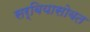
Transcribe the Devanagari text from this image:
सर्बियासोबत